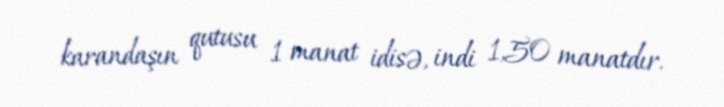
karandaşın qutusu 1 manat idisə, indi 1,50 manatdır.